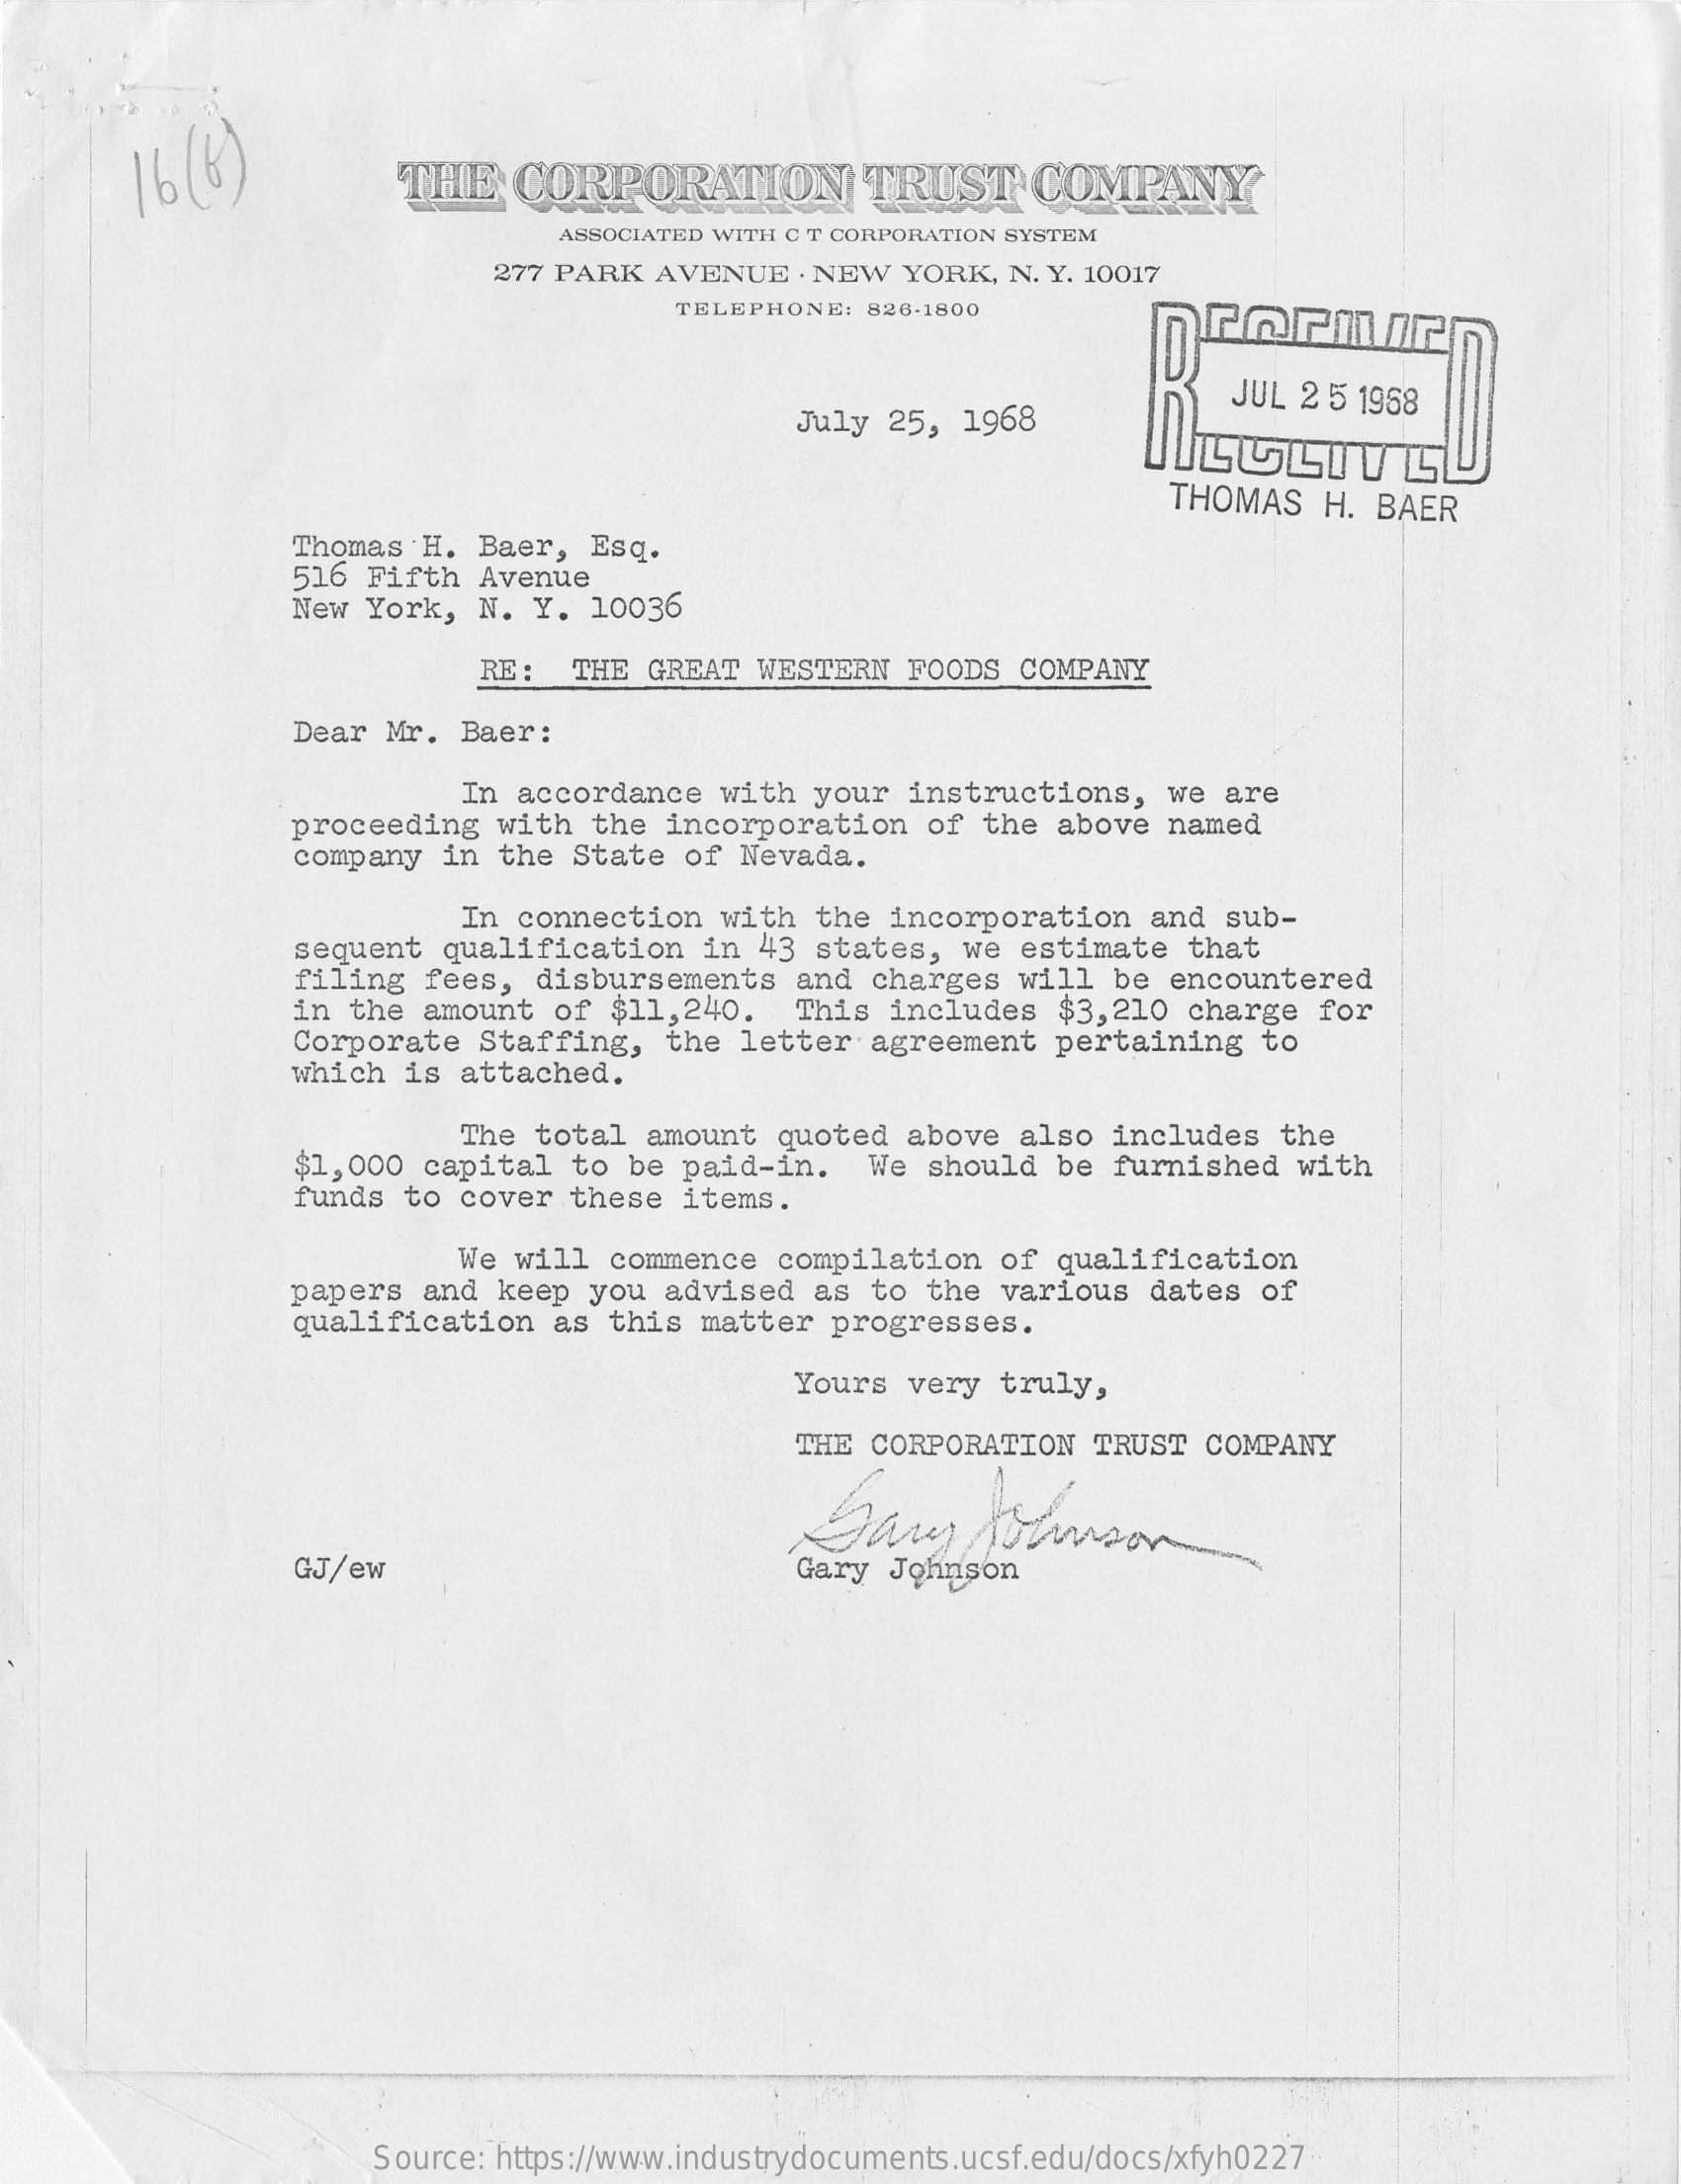
16 (6)    THE   CORPORATION    TRUST    COMPANY
     ASSOCIATED WITH C T CORPORATION SYSTEM
     277 PARK  AVENUE   . NEW YORK,  N. Y. 10017
     TELEPHONE:  826-1800
     July 25,  1968
     JUL 2 5 1968
     ILGLITL
     THOMAS    H. BAER
     Thomas  H. Baer,  Esq.
     516 Fifth  Avenue
     New York,  N.  Y.  10036
     RE:  THE  GREAT  WESTERN   FOODS  COMPANY
     Dear Mr.  Baer:
     In accordance   with  your  instructions,   we  are
     proceeding   with  the incorporation    of the  above  named
     company  in  the State  of  Nevada.
     In  connection   with  the  incorporation   and  sub-
     sequent  qualification    in 43  states,  we  estimate  that
     filing  fees,  disbursements   and  charges   will  be encountered
     in the  amount  of  $11,240.   This  includes   $3,210  charge   for
     Corporate  Staffing,   the  letter  agreement   pertaining   to
     which  is attached.
     The total  amount  quoted  above   also  includes  the
     $1,000  capital  to  be paid-in.    We  should  be  furnished  with
     funds  to cover  these  items.
     We  will  commence  compilation   of  qualification
     papers  and  keep you  advised   as to  the  various  dates  of
     qualification   as  this matter   progresses.
     Yours  very truly,
     THE CORPORATION   TRUST  COMPANY
     Gary    Johnson
     GJ/ew    Gary  Johnson
     Source: https://www.industrydocuments.ucsf.edu/docs/xfyh0227